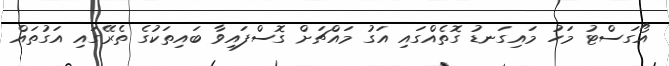
އޯގަސްޓު މަހު މައިގަނޑު ގޮތެއްގައި އަގު މައްޗަށް ގޮސްފައިވާ ބައިތަކުގެ ތެރޭގައި އަގުތައް